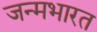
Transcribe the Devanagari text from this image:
जन्मभारत